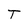
Character: T